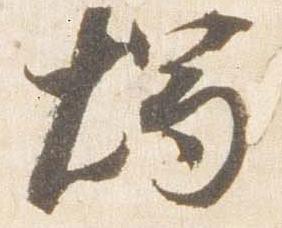
燭